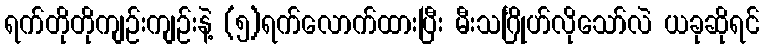
ရက်တိုတိုကျဉ်းကျဉ်းနဲ့ (၅)ရက်လောက်ထားပြီး မီးသင်္ဂြိုဟ်လိုသော်လဲ ယခုဆိုရင်